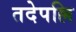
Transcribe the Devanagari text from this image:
तदेपल्लि